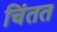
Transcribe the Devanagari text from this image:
चिंतत